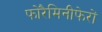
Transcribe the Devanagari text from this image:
फोरैमिनीफेरों